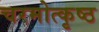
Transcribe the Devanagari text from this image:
चरमोत्कृष्ठ